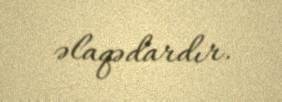
əlaqədardır.